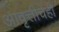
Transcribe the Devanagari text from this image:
आवृत्तीचेही